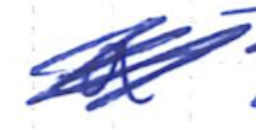
Text: a
Cross-out: scratch
Writing tool: ballpoint